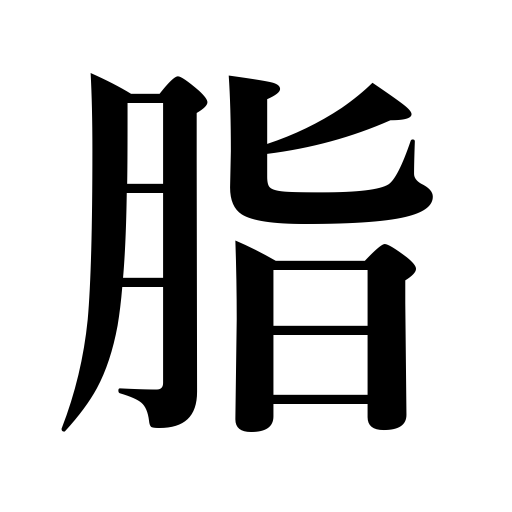
Meanings: tallow,grease,blubber,lard,suet,fat,rouge